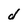
Character: d